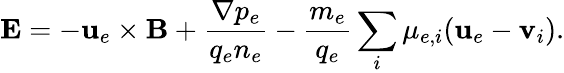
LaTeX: \textbf{E}=-\textbf{u}_{e}\times\textbf{B}+\frac{\nabla p_{e}}{q_{e}n_{e}}-\frac{m_{e}}{q_{e}}\sum_{i}\mu_{e,i}(\textbf{u}_{e}-\textbf{v}_{i}).